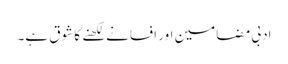
ادبی مضامین اور افسانے لکھنے کا شوق ہے۔